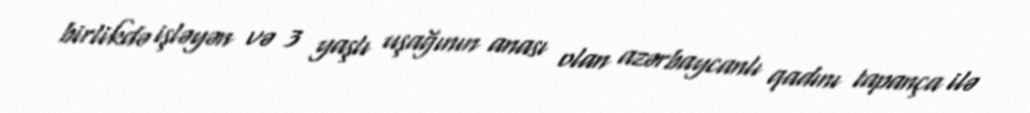
birlikdə işləyən və 3 yaşlı uşağının anası olan azərbaycanlı qadını tapança ilə